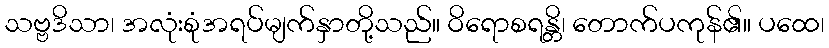
သဗ္ဗဒိသာ၊ အလုံးစုံအရပ်မျက်နှာတို့သည်။ ဝိရောစရန္တိ၊ တောက်ပကုန်၏။ ပထေ၊